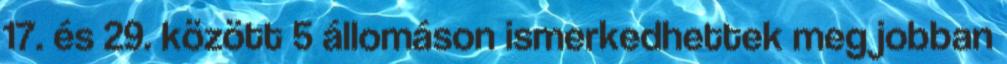
17. és 29. között 5 állomáson ismerkedhettek meg jobban